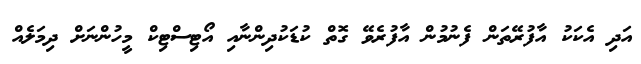
އަދި އެކަކު އާފުރޭތަން ފެނުމުން އާފުރެވޭ ގޮތް ކުޑަކުދިންނާއި އޯޓިސްޓިކް މީހުންނަށް ދިމަލެއް